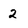
Character: 2